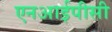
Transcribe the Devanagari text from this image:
एनआईपीसी